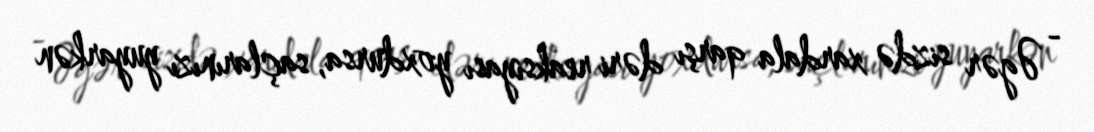
- Əgər sizdə xardala qarşı dəri reaksiyası yoxdursa, saçlarınızı yuyarkən